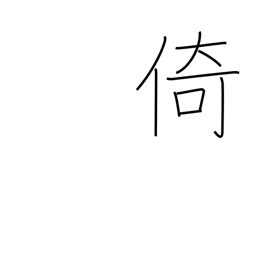
Meaning: lean on